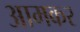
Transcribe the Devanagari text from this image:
आमकर